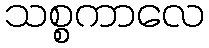
သစ္စကာလေ